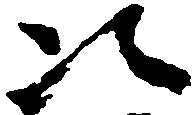
次